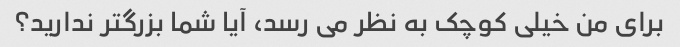
برای من خیلی کوچک به نظر می رسد، آیا شما بزرگتر ندارید؟